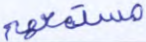
مستمعهم